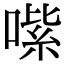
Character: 𠹦